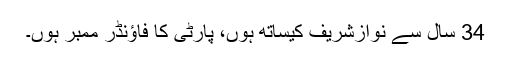
34 سال سے نوازشریف کیساتھ ہوں، پارٹی کا فاؤنڈر ممبر ہوں۔